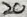
Text: 20